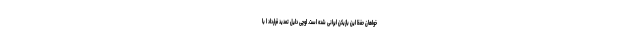
خواهان حفظ این بازیکن ایرانی شده است. اوچی دلیل تمدید قرارداد ا با